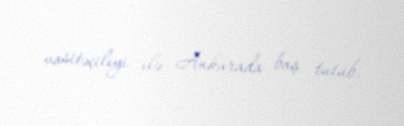
vasitəçiliyi ilə Ankarada baş tutub.